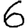
Digit: 6